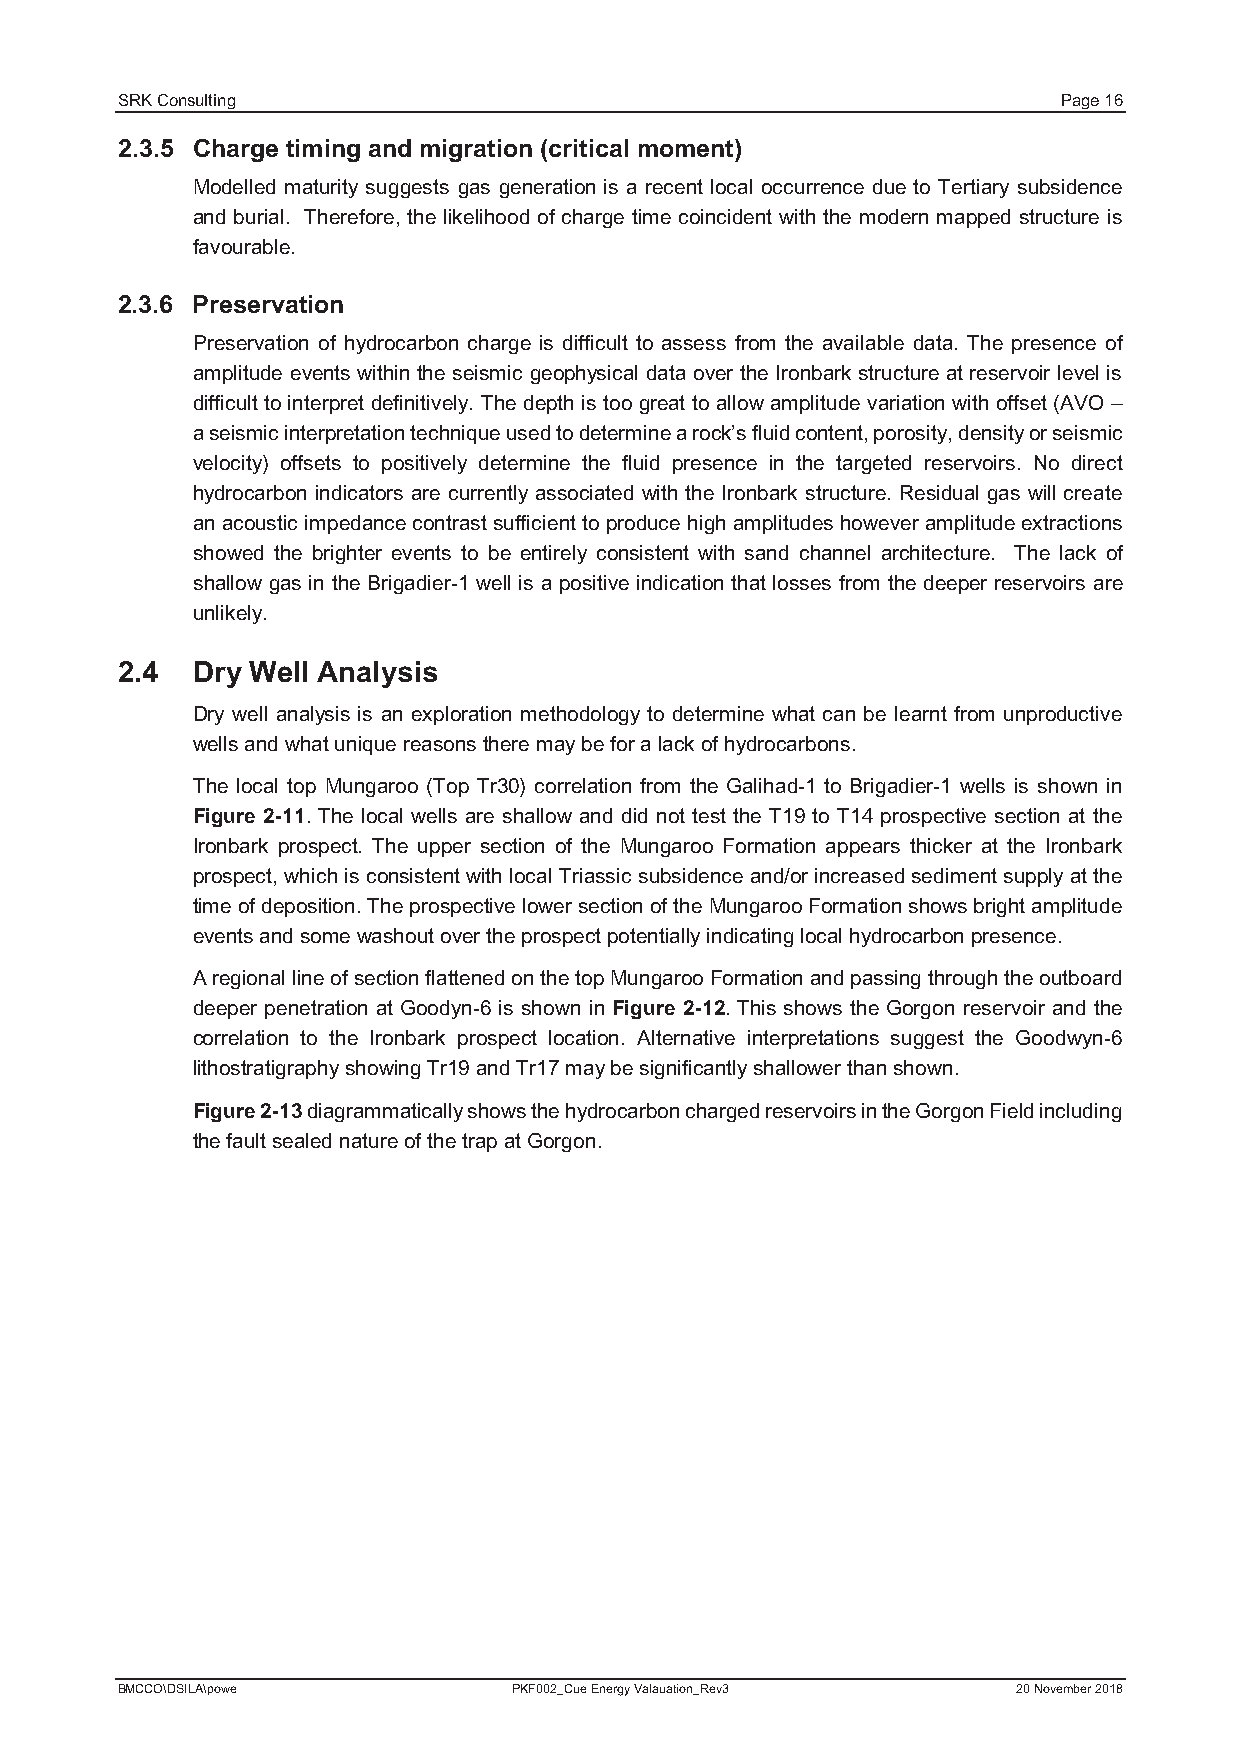
SRK Consulting                                                Page 16
 2.3.5 Charge timing and migration (critical moment)
 Modelled maturity suggests gas generation is a recent local occurrence due to Tertiary subsidence
 and burial. Therefore, the likelihood of charge time coincident with the modern mapped structure is
 favourable.
 2.3.6 Preservation
 Preservation of hydrocarbon charge is difficult to assess from the available data. The presence of
 amplitude events within the seismic geophysical data over the Ironbark structure at reservoir level is
 difficult to interpret definitively. The depth is too great to allow amplitude variation with offset (AVO –
 a seismic interpretation technique used to determine a rock’s fluid content, porosity, density or seismic
 velocity) offsets to positively determine the fluid presence in the targeted reservoirs. No direct
 hydrocarbon indicators are currently associated with the Ironbark structure. Residual gas will create
 an acoustic impedance contrast sufficient to produce high amplitudes however amplitude extractions
 showed the brighter events to be entirely consistent with sand channel architecture. The lack of
 shallow gas in the Brigadier-1 well is a positive indication that losses from the deeper reservoirs are
 unlikely.
 2.4  Dry Well Analysis
 Dry well analysis is an exploration methodology to determine what can be learnt from unproductive
 wells and what unique reasons there may be for a lack of hydrocarbons.
 The local top Mungaroo (Top Tr30) correlation from the Galihad-1 to Brigadier-1 wells is shown in
 Figure 2-11. The local wells are shallow and did not test the T19 to T14 prospective section at the
 Ironbark prospect. The upper section of the Mungaroo Formation appears thicker at the Ironbark
 prospect, which is consistent with local Triassic subsidence and/or increased sediment supply at the
 time of deposition. The prospective lower section of the Mungaroo Formation shows bright amplitude
 events and some washout over the prospect potentially indicating local hydrocarbon presence.
 A regional line of section flattened on the top Mungaroo Formation and passing through the outboard
 deeper penetration at Goodyn-6 is shown in Figure 2-12. This shows the Gorgon reservoir and the
 correlation to the Ironbark prospect location. Alternative interpretations suggest the Goodwyn-6
 lithostratigraphy showing Tr19 and Tr17may be significantly shallower than shown.
 Figure 2-13diagrammatically shows the hydrocarbon charged reservoirs in the Gorgon Fieldincluding
 the fault sealed nature of the trap at Gorgon.
 BMCCO\DSILA\powe          PKF002_Cue Energy Valauation_Rev3 20 November 2018